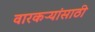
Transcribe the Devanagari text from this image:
वारकऱ्यांसाठी